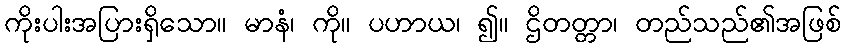
ကိုးပါးအပြားရှိသော။ မာနံ၊ ကို။ ပဟာယ၊ ၍။ ဌိတတ္တာ၊ တည်သည်၏အဖြစ်